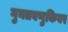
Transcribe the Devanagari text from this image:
गुनतवणुकिवर